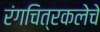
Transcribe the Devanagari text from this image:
रंगचित्रकलेचे